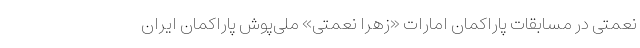
نعمتی در مسابقات پاراکمان امارات «زهرا نعمتی» ملی‌پوش پاراکمان ایران